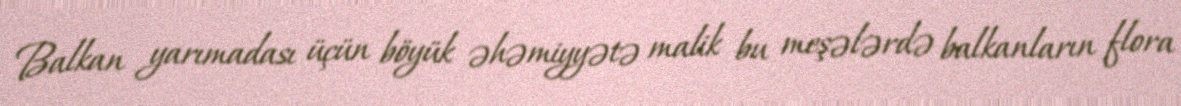
Balkan yarımadası üçün böyük əhəmiyyətə malik bu meşələrdə balkanların flora